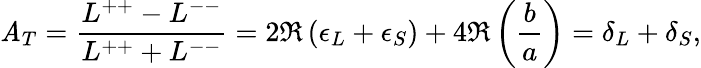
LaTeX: \mathit{A}_{T}=\frac{{L^{++}-L^{--}}}{{L^{++}+L^{--}}}=2\Re\left(\epsilon_{L}+\epsilon_{S}\right)+4\Re\left(\frac{{b}}{{a}}\right)=\delta_{L}+\delta_{S},